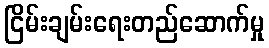
ငြိမ်းချမ်းရေးတည်ဆောက်မှု